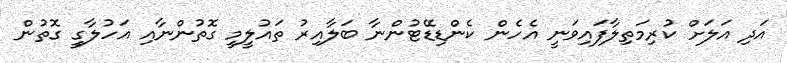
އަދި އަލަށް ކުރިމަތިލާފައިވަނީ އެހެން ކެންޑިޑޭޓުންނާ ބަލާއިރު ތައުލީމީ ގޮތުންނާއި އަހުލާގީ ގޮތުން